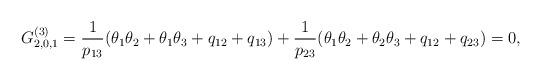
LaTeX: \begin{gather*} G_{2,0,1}^{(3)}= {1 \over p_{13}} (\theta_1 \theta_2 +\theta_1 \theta_3+q_{12}+q_{13} )+{1 \over p_{23}} (\theta_1 \theta_2+ \theta_2 \theta_3 +q_{12}+q_{23} ) =0,\end{gather*}